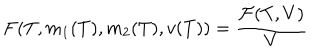
LaTeX: F ( T , m _ { 1 } ( T ) , m _ { 2 } ( T ) , v ( T ) ) = \frac { { \cal F } ( T , V ) } { V }